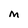
Character: M